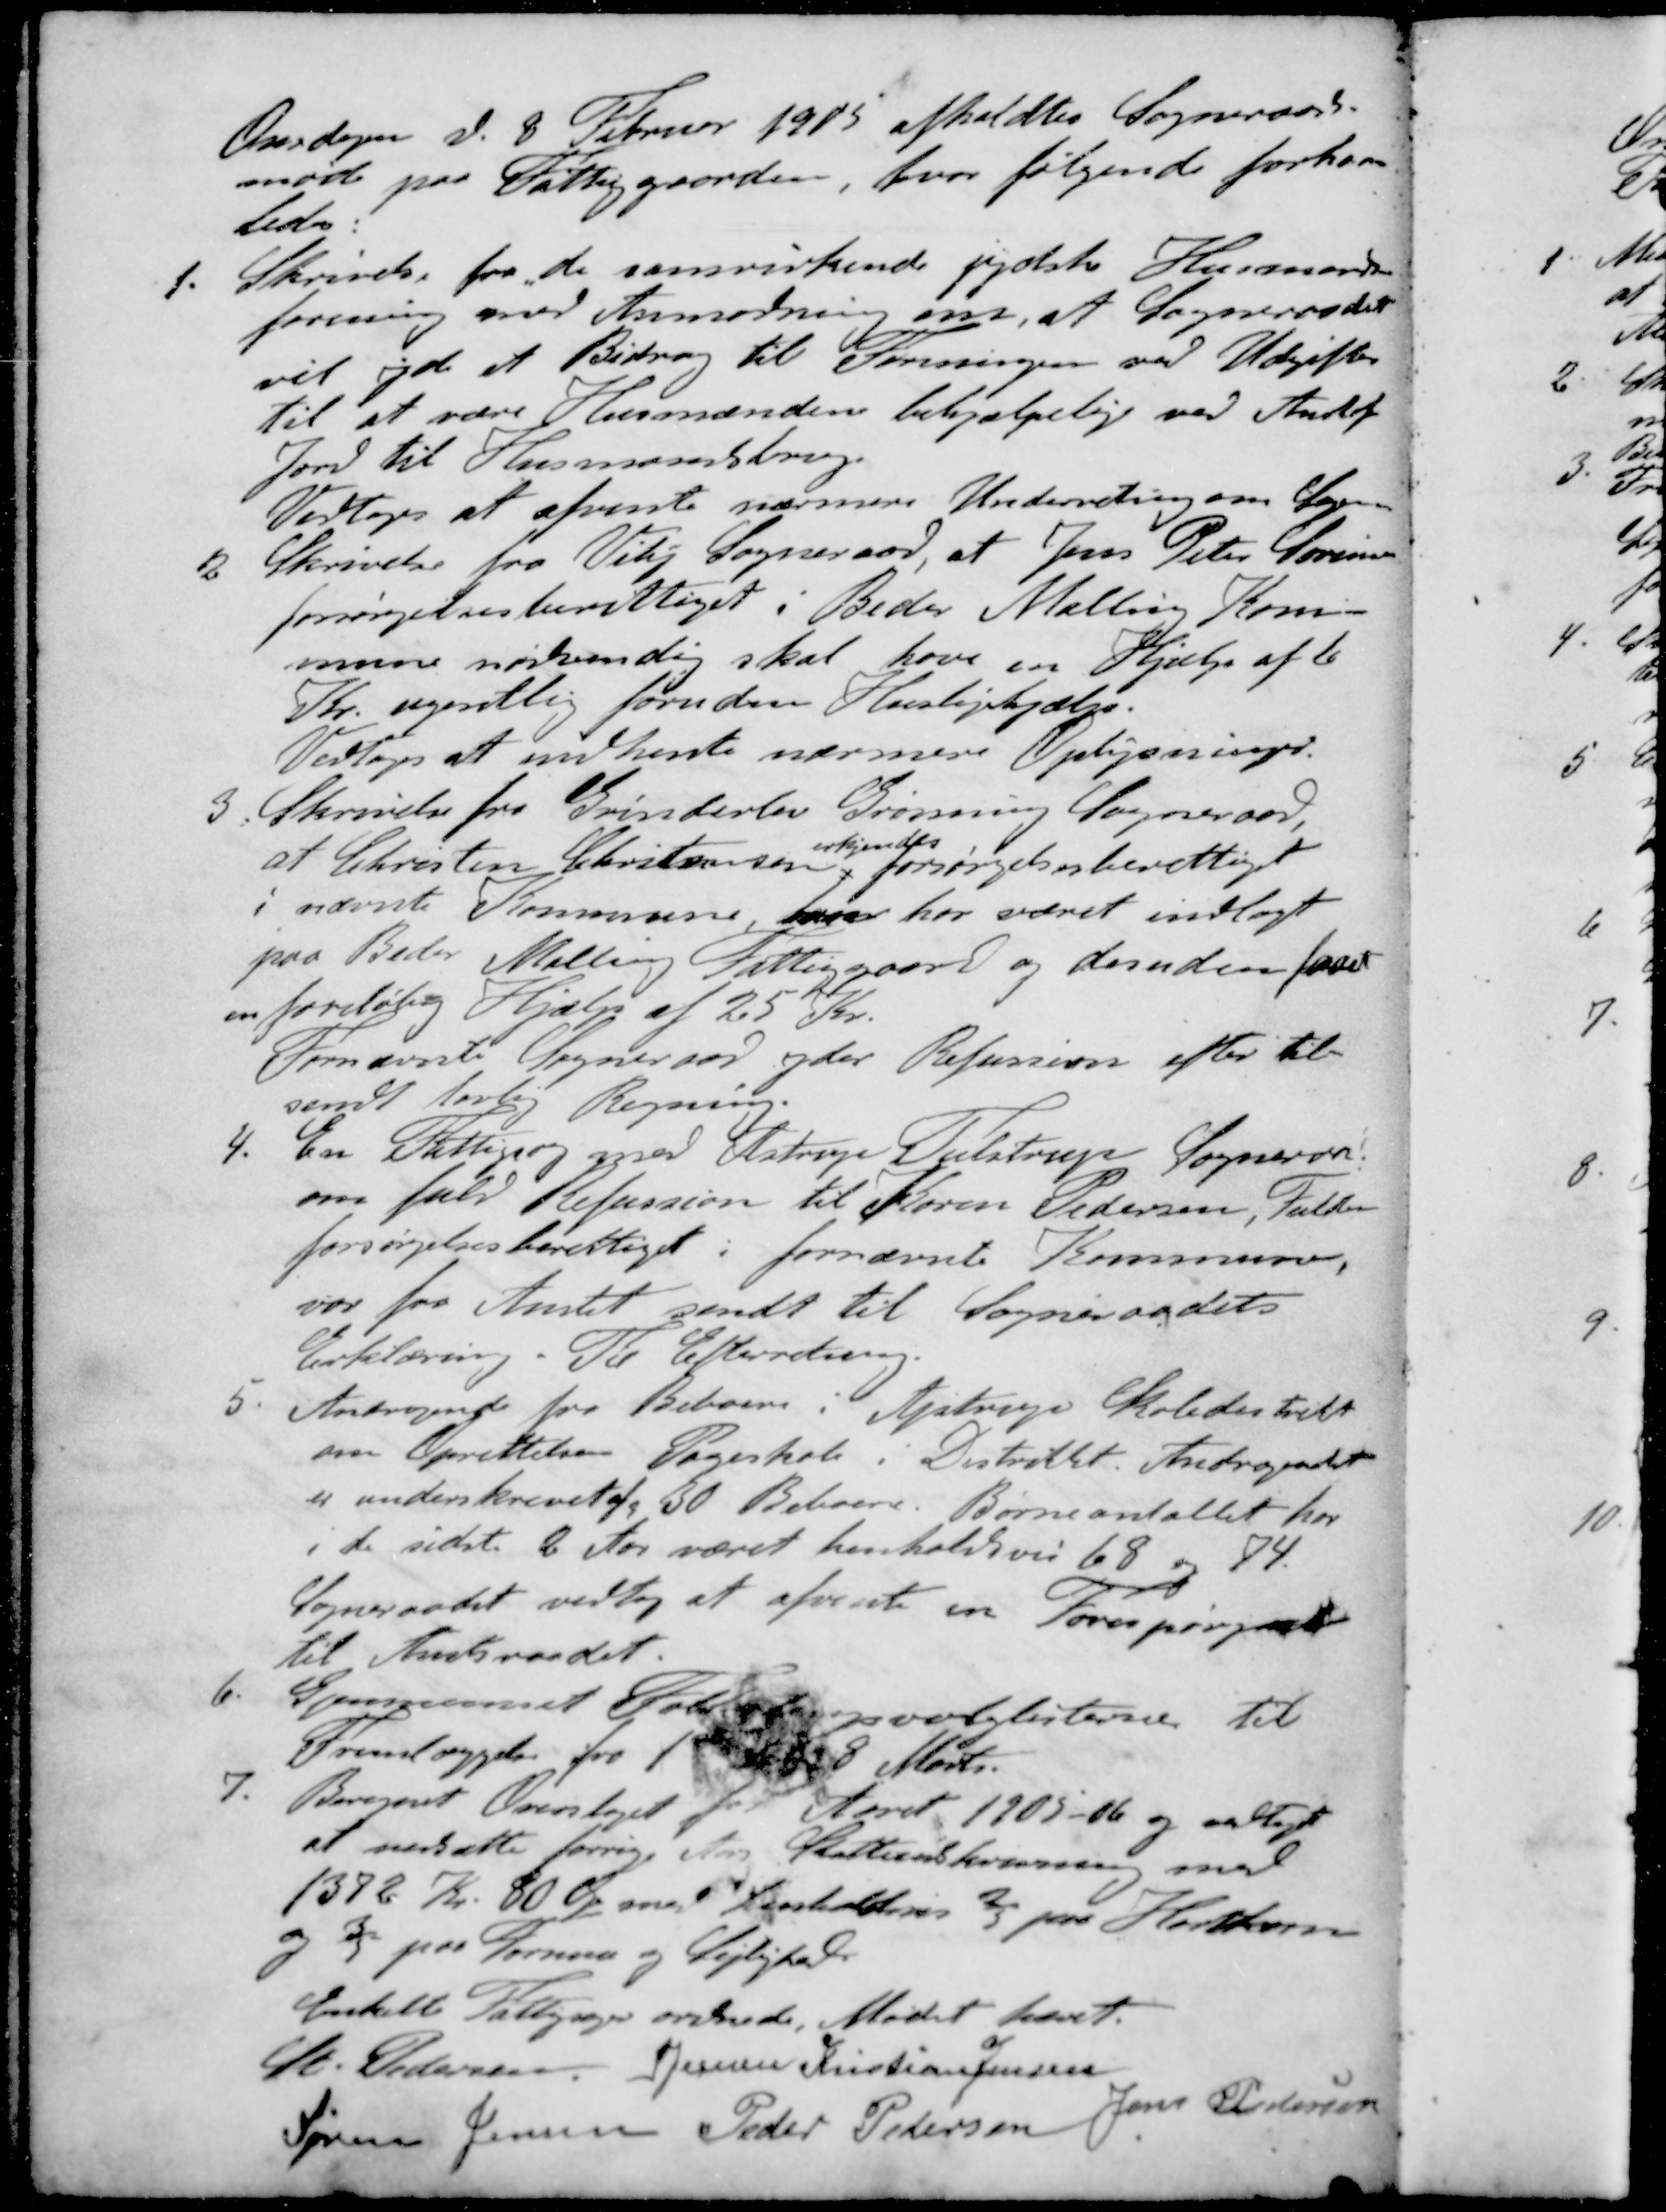
Transskription:
Onsdagen d. 8. Februar 1915 afholdtes Sogneraads-
møde paa Fattiggaarden, hvor følgende forhan-
ledes:
1. Skrivelse fra de samvirkende jydste Husmands
forening med Anmodning om, at Sogneraadet
vil yde et Bidrag til Foreningen ved Udgifter
til at være Husmændene behjælpelige ved Anskaf
Jord til Husmandsbrug.
Vedtoges at afvente nærmere Underretning om Sagen
2. Skrivelse fra Viby Sogneraad at Jens Peter Sørensen
forsørgelsesberettiget i Beder Malling Kom-
mune nødvendig skal have en Hjælp af 6
Kr. ugentlig foruden Huslejehjælp.
Vedtoges at indhente nærmere Oplysninger.
3. Skrivelse fra Grinderlev Grønning Sogneraad,
erkjendes
at Christen Christiansen, forsørgelsesberettiget
i nævnte Kommune, han har været indlagt
paa Beder Malling Fattiggaard og desuden faaet
en foreløbig Hjælp af 25 Kr.
Fornævnte Sogneraad yder Refussion efter til-
sendt lovlig Regning.
4. En Fattigsag med Astrup Tulstrup Sogneraad
om fuld Refussion til Karen Pedersen, Fulden
forsørgelsesberettiget i fornævnte Kommune,
var fra Amtet sendt til Sogneraadets
Erklæring. Til Efterretning.
5. Andragende fra Beboere i Ajstrup Skoledistrikt
om Oprettelsen Pogeskole i Distriktet. Andragendet
er underskrevet af 50 Beboere. Børneantallet for
i de sidste 6 Aar været henholdsvis 68 og 74.
Sogneraadet vedtog at afvente en Forespørgsel
til Amtsraadet
6. Sommernet Folketingsvalglisterne til
Fremlæggelse fra 1ste  8 Marts.
7. Beregnet Overslaget for Aaret 1905-06 og vedtaget
at nedsætte forrige Aars Skatteindkrævning med
1372 Kr. 80 Øre med henholdsvis 2/5 paa Hartkorn
og 3/5 paa Formue og Lejlighed.
Enkelte Fattigsager ordnede. Mødet hævet.
St Pedersen
S Jensen
Kristian Jensen
Søren Jensen
Peder Pedersen
Jens Pedersen